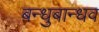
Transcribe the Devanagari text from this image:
बन्धुबान्धव